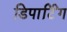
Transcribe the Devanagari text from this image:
डिपार्टिंग